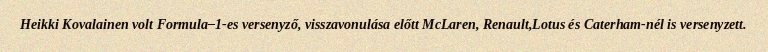
Heikki Kovalainen volt Formula–1-es versenyző, visszavonulása előtt McLaren, Renault,Lotus és Caterham-nél is versenyzett.